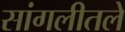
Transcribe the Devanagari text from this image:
सांगलीतले